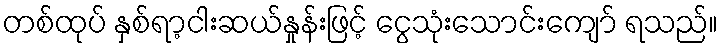
တစ်ထုပ် နှစ်ရာ့ငါးဆယ်နှုန်းဖြင့် ငွေသုံးသောင်းကျော် ရသည်။